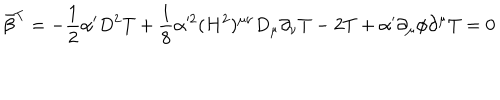
\bar { \beta } ^ { T } = - \frac { 1 } { 2 } \alpha ^ { \prime } D ^ { 2 } T + \frac { 1 } { 8 } \alpha ^ { 2 } ( H ^ { 2 } ) ^ { \mu \nu } D _ { \mu } \partial _ { \nu } T - 2 T + \alpha ^ { \prime } \partial _ { \mu } \phi \partial ^ { \mu } T = 0